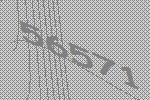
56571